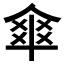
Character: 𠌂